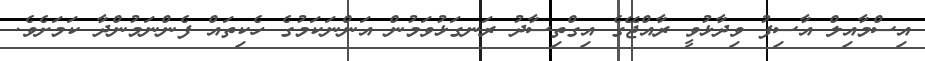
އިސްމާއިލް އާސިފު ވިދާޅުވީ ރާއްޖޭގެ އިގްތިސާދު ރަނގަޅުވަމުން އަންނަކަމުގެ ހެކިތައް ފެންނަމުންދާ ކަމަށެވެ.